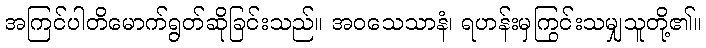
အကြင်ပါတိမောက်ရွတ်ဆိုခြင်းသည်။ အဝသေသာနံ၊ ရဟန်းမှကြွင်းသမျှသူတို့၏။